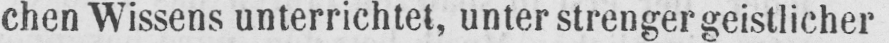
chen Wissens unterrichtet, unter strenger geistlicher